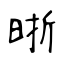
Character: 晣